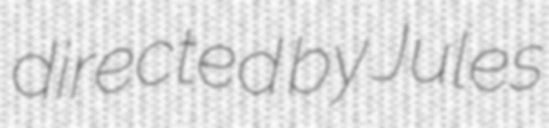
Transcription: directed by Jules